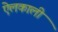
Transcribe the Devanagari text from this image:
ऐलकाली